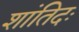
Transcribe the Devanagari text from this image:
शांतिदः